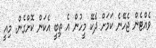
ވެއްޓެން ޖެހޭނެ ކަމަށް ދެކޭ މީހުން އެ ތިބީ އެކަން ކޮށްގެން. މިއީ